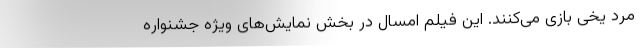
مرد یخی بازی می‌کنند. این فیلم امسال در بخش نمایش‌های ویژه جشنواره